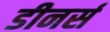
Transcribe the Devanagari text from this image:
डीनर्स